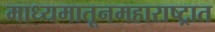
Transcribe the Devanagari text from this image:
माध्यमातूनमहाराष्ट्रात